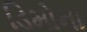
ડિમોના